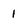
Character: 1